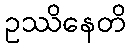
ဥဿိနေတိ